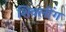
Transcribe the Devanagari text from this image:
शिवलींग